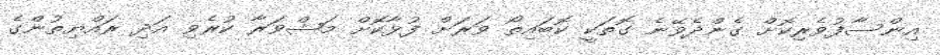
އިންސާފުވެރިކޮށް ގެންދެވޭނެ ގޮތަކީ ކޮބައިތޯ ވަރަށް ފުޅާކޮށް މަޝްވަރާ ކުރެވި އަދި ރައްޔިތުންގެ